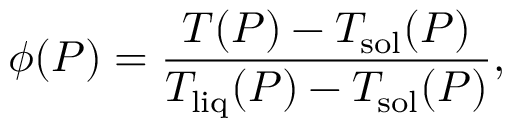
\phi ( P ) = \frac { T ( P ) - T _ { \mathrm { s o l } } ( P ) } { T _ { \mathrm { l i q } } ( P ) - T _ { \mathrm { s o l } } ( P ) } ,